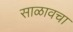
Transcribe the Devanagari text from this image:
साळावचा